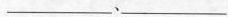
___、___